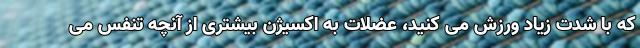
که با شدت زیاد ورزش می کنید، عضلات به اکسیژن بیشتری از آنچه تنفس می